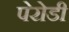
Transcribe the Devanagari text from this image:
पेरोडी